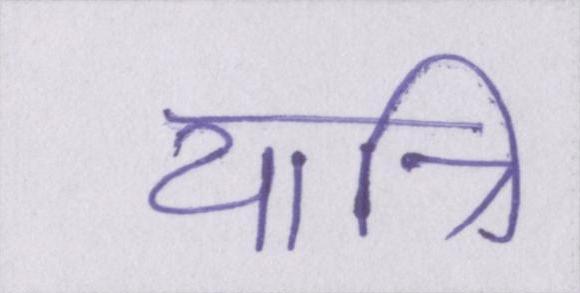
यात्रि